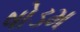
ષોડમ